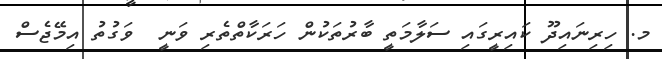
މ. ހިރިނައިދޫ ކައިރީގައި ސަލާމަތީ ބާރުތަކުން ހަރަކާތްތެރި ވަނީ  ވަގުތު އިމޭޖެސް